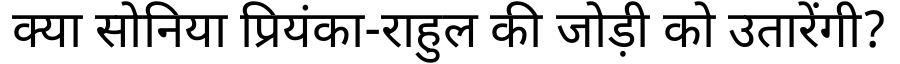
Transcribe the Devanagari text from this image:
क्या सोनिया प्रियंका-राहुल की जोड़ी को उतारेंगी?